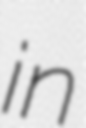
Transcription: in